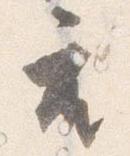
座